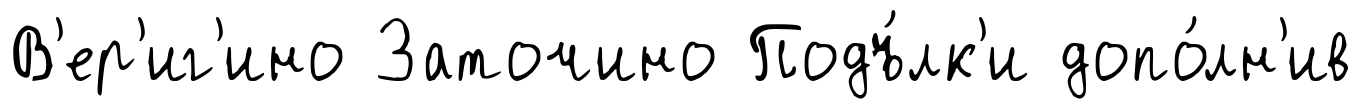
В'ер'иг'ино Заточино Подъ́лк'и допо́лн'ив